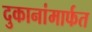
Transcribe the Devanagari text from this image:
दुकानांमार्फत